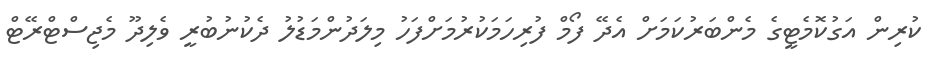
ކުރިން އަގުކޮމެޓީގެ މެންބަރުކަމަށް އެދޭ ފޯމް ފުރިހަމަކުރުމަށްފަހު މިލަދުންމަޑުލު ދެކުނުބުރީ ވެލިދޫ މެޖިސްޓްރޭޓް